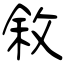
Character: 敘